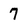
Character: 7